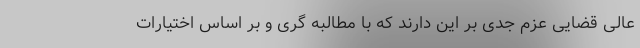
عالی قضایی عزم جدی بر این دارند که با مطالبه گری و بر اساس اختیارات